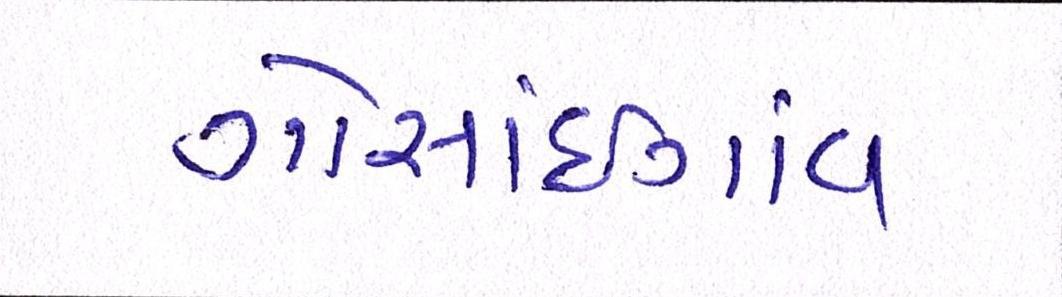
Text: ગોસાંઇગાંવ